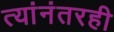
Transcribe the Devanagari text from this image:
त्यांनंतरही